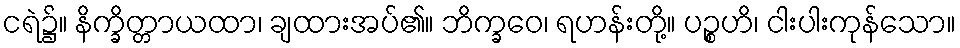
ငရဲ၌။ နိက္ခိတ္တာယထာ၊ ချထားအပ်၏။ ဘိက္ခဝေ၊ ရဟန်းတို့။ ပဉ္စဟိ၊ ငါးပါးကုန်သော။